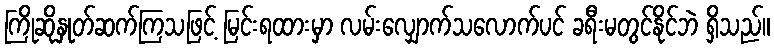
ကြိုဆိုနှုတ်ဆက်ကြသဖြင့် မြင်းရထားမှာ လမ်းလျှောက်သလောက်ပင် ခရီးမတွင်နိုင်ဘဲ ရှိသည်။